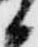
候